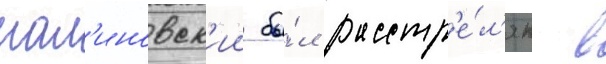
мал'иновск'ии бы́л расстр'е́л'ян в